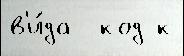
в'и́да  код к